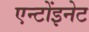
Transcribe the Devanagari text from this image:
एन्टोंइनेट